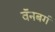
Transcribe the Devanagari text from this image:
वॅनबर्ग